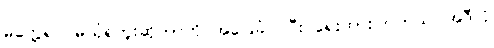
မတွေ့ရင် မယုံရဘူးဆိုတာကို အခြေခံပြုပြီး ရေးထားကြတယ်၊ အဲဒီလို